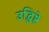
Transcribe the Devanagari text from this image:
उद्धिष्टे